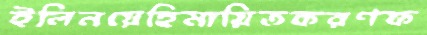
ইলিনয়েহিমায়িতকরণফ